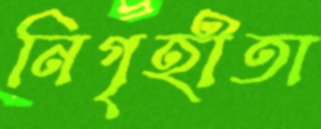
নিগৃহীতা